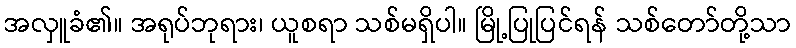
အလှူခံ၏။ အရုပ်ဘုရား၊ ယူစရာ သစ်မရှိပါ။ မြို့ပြုပြင်ရန် သစ်တော်တို့သာ